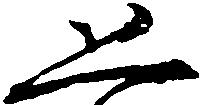
恐